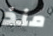
منذ